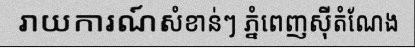
រាយការណ៍សំខាន់ៗ ភ្នំពេញស៊ីតំណែង